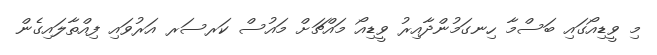
މި ވީޑިއޯގައި ބަސްމާ ހިނގަމުންދާއިރު ވީޑިއޯ މައްޗަށް މައުސް ކަރސަރ އަރުވައި ފިއްތާލައިގެން